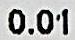
0.01